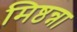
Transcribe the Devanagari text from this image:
मिष्ठन्ना